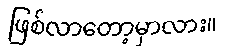
ဖြစ်လာတော့မှာလား။